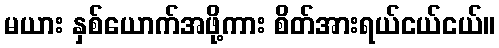
မယား နှစ်ယောက်အဖို့ကား စိတ်အားရယ်ငယ်ငယ်။